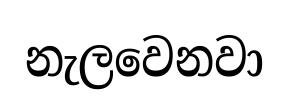
නැලවෙනවා